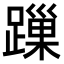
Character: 𨄓